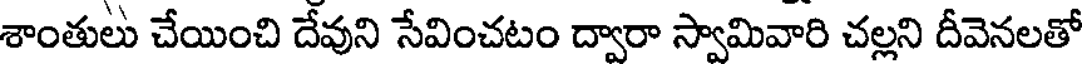
శాంతులు చేయించి దేవుని సేవించటం ద్వారా స్వామివారి చల్లని దీవెనలతో